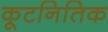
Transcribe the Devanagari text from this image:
कूटनितिक